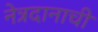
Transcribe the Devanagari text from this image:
नेत्रदानाची